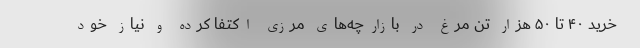
خرید ۴۰ تا ۵۰ هزار تن مرغ در بازارچه‌های مرزی اکتفا کرده و نیاز خود